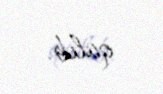
qalıb.